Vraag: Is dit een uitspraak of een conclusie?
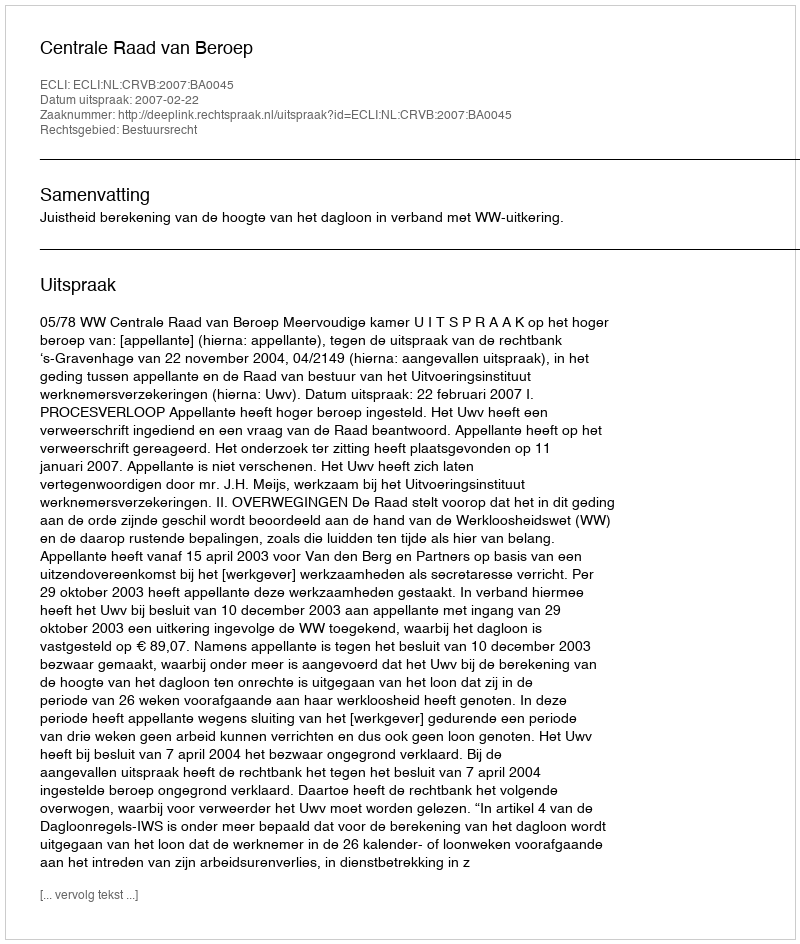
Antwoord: Uitspraak